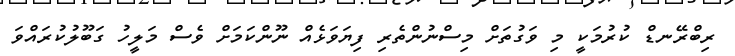
ރިބްރޭނޑް ކުރުމަކީ މި ވަގުތަށް މިސްނުންތެރި ފިޔަވަޅެއް ނޫންކަމަށް ވެސް މަލީހު ގަބޫލުކުރައްވަ